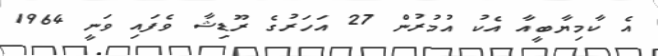
އެ ކާމިޔާބީއާ އެކު އުމުރުން 27 އަހަރުގެ ރޫޑިޝާ ވެފައި ވަނީ 1964